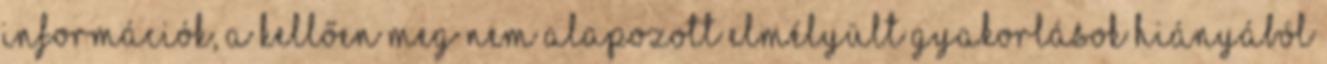
információk, a kellően meg nem alapozott elmélyült gyakorlások hiányából